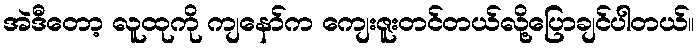
အဲဒီတော့ လူထုကို ကျနော်က ကျေးဇူးတင်တယ်လို့ပြောချင်ပါတယ်။